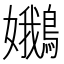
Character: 𡤝